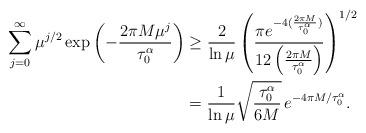
LaTeX: \begin{align*}\sum_{j=0}^{\infty}\mu^{j/2}\exp\left( -\frac{2 \pi M \mu^j}{\tau_{0}^{\alpha}} \right)& \geq\frac{2}{\ln\mu}\left( \frac{\pi e^{-4 (\frac{2 \pi M}{\tau_{0}^{\alpha}})}}{12\left( \frac{2\pi M}{\tau_{0}^{\alpha}} \right)}\right)^{1/2} \\& =\frac{1}{\ln\mu} \sqrt{ \frac{\tau_{0}^{\alpha} }{6M} } \, e^{-4 \pi M / \tau_{0}^{\alpha} }. \end{align*}